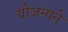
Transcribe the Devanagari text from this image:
योजनाने